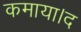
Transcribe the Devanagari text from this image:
कमाया।द